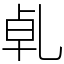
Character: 𠃵